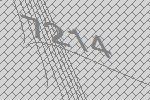
7214